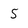
Character: 5